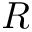
R